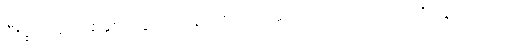
ပြီးခဲ့တဲ့ ဆယ်စုနှစ်တွေမှာ ကုန်ကျစရိတ် အတော်သက်သာလာခဲ့ပြီး နိုင်ငံတကာ